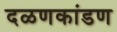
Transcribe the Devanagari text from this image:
दळणकांडण